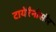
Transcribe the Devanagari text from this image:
टायेरैनोसौर